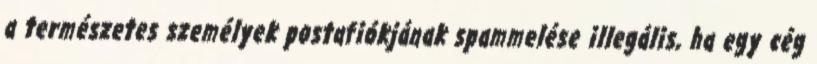
a természetes személyek postafiókjának spammelése illegális, ha egy cég